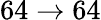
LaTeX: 64\rightarrow 64